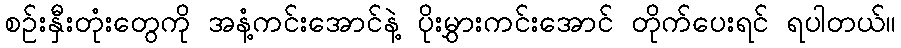
စဉ်းနှီးတုံးတွေကို အနံ့ကင်းအောင်နဲ့ ပိုးမွှားကင်းအောင် တိုက်ပေးရင် ရပါတယ်။